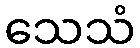
သေသံ